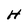
Character: H